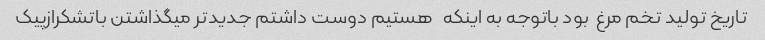
تاریخ تولید تخم مرغ  بود باتوجه به اینکه   هستیم دوست داشتم جدیدتر میگذاشتن باتشکرازپیک